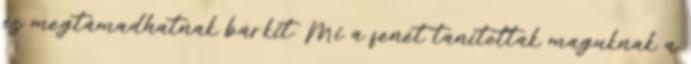
és megtámadhatnak bárkit. Mi a fenét tanítottak maguknak a